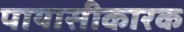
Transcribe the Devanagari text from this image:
पायासीकारक